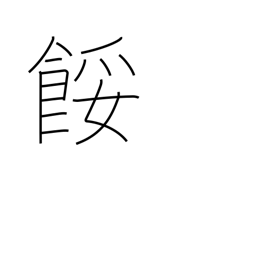
Meaning: spoil